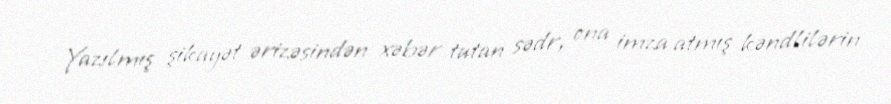
Yazılmış şikayət ərizəsindən xəbər tutan sədr, ona imza atmış kəndlilərin